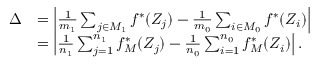
\begin{array} { r l } { \Delta } & { = \left| \frac { 1 } { m _ { 1 } } \sum _ { j \in M _ { 1 } } f ^ { * } ( Z _ { j } ) - \frac { 1 } { m _ { 0 } } \sum _ { i \in M _ { 0 } } f ^ { * } ( Z _ { i } ) \right| } \\ & { = \left| \frac { 1 } { n _ { 1 } } \sum _ { j = 1 } ^ { n _ { 1 } } f _ { M } ^ { * } ( Z _ { j } ) - \frac { 1 } { n _ { 0 } } \sum _ { i = 1 } ^ { n _ { 0 } } f _ { M } ^ { * } ( Z _ { i } ) \right| . } \end{array}